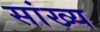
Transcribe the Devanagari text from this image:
सांख्‍य